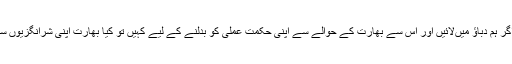
کیا سعودی عرب کو اگر ہم دباؤ میںلائیں اور اس سے بھارت کے حوالے سے اپنی حکمت عملی کو بدلنے کے لیے کہیں تو کیا بھارت اپنی شرانگزیوں سے باز نہیں آجائے گا۔